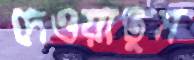
দেওয়াতুম